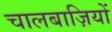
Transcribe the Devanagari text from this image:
चालबाज़ियों